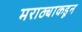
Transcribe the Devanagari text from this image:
मराठ्याकडून